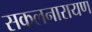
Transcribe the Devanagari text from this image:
सकलनारायण